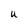
Character: U